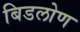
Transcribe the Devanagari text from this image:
बिडलोण